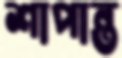
শাপান্ত